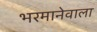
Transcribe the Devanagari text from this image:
भरमानेवाला